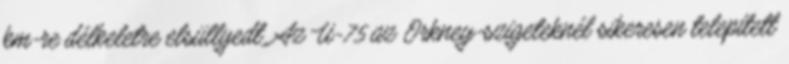
km-re délkeletre elsüllyedt. Az U-75 az Orkney-szigeteknél sikeresen telepített